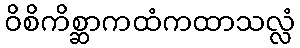
ဝိစိကိစ္ဆာကထံကထာသလ္လံ